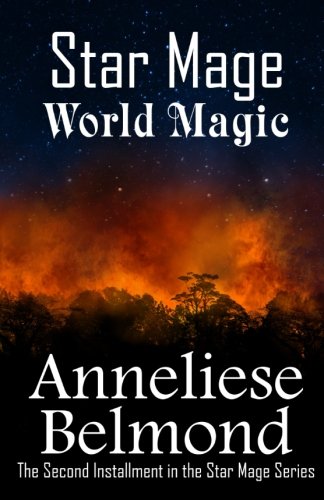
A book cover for World Magic (Star Mage #2) (The Star Mage series) (Volume 2); Anneliese Belmond; Science Fiction & Fantasy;